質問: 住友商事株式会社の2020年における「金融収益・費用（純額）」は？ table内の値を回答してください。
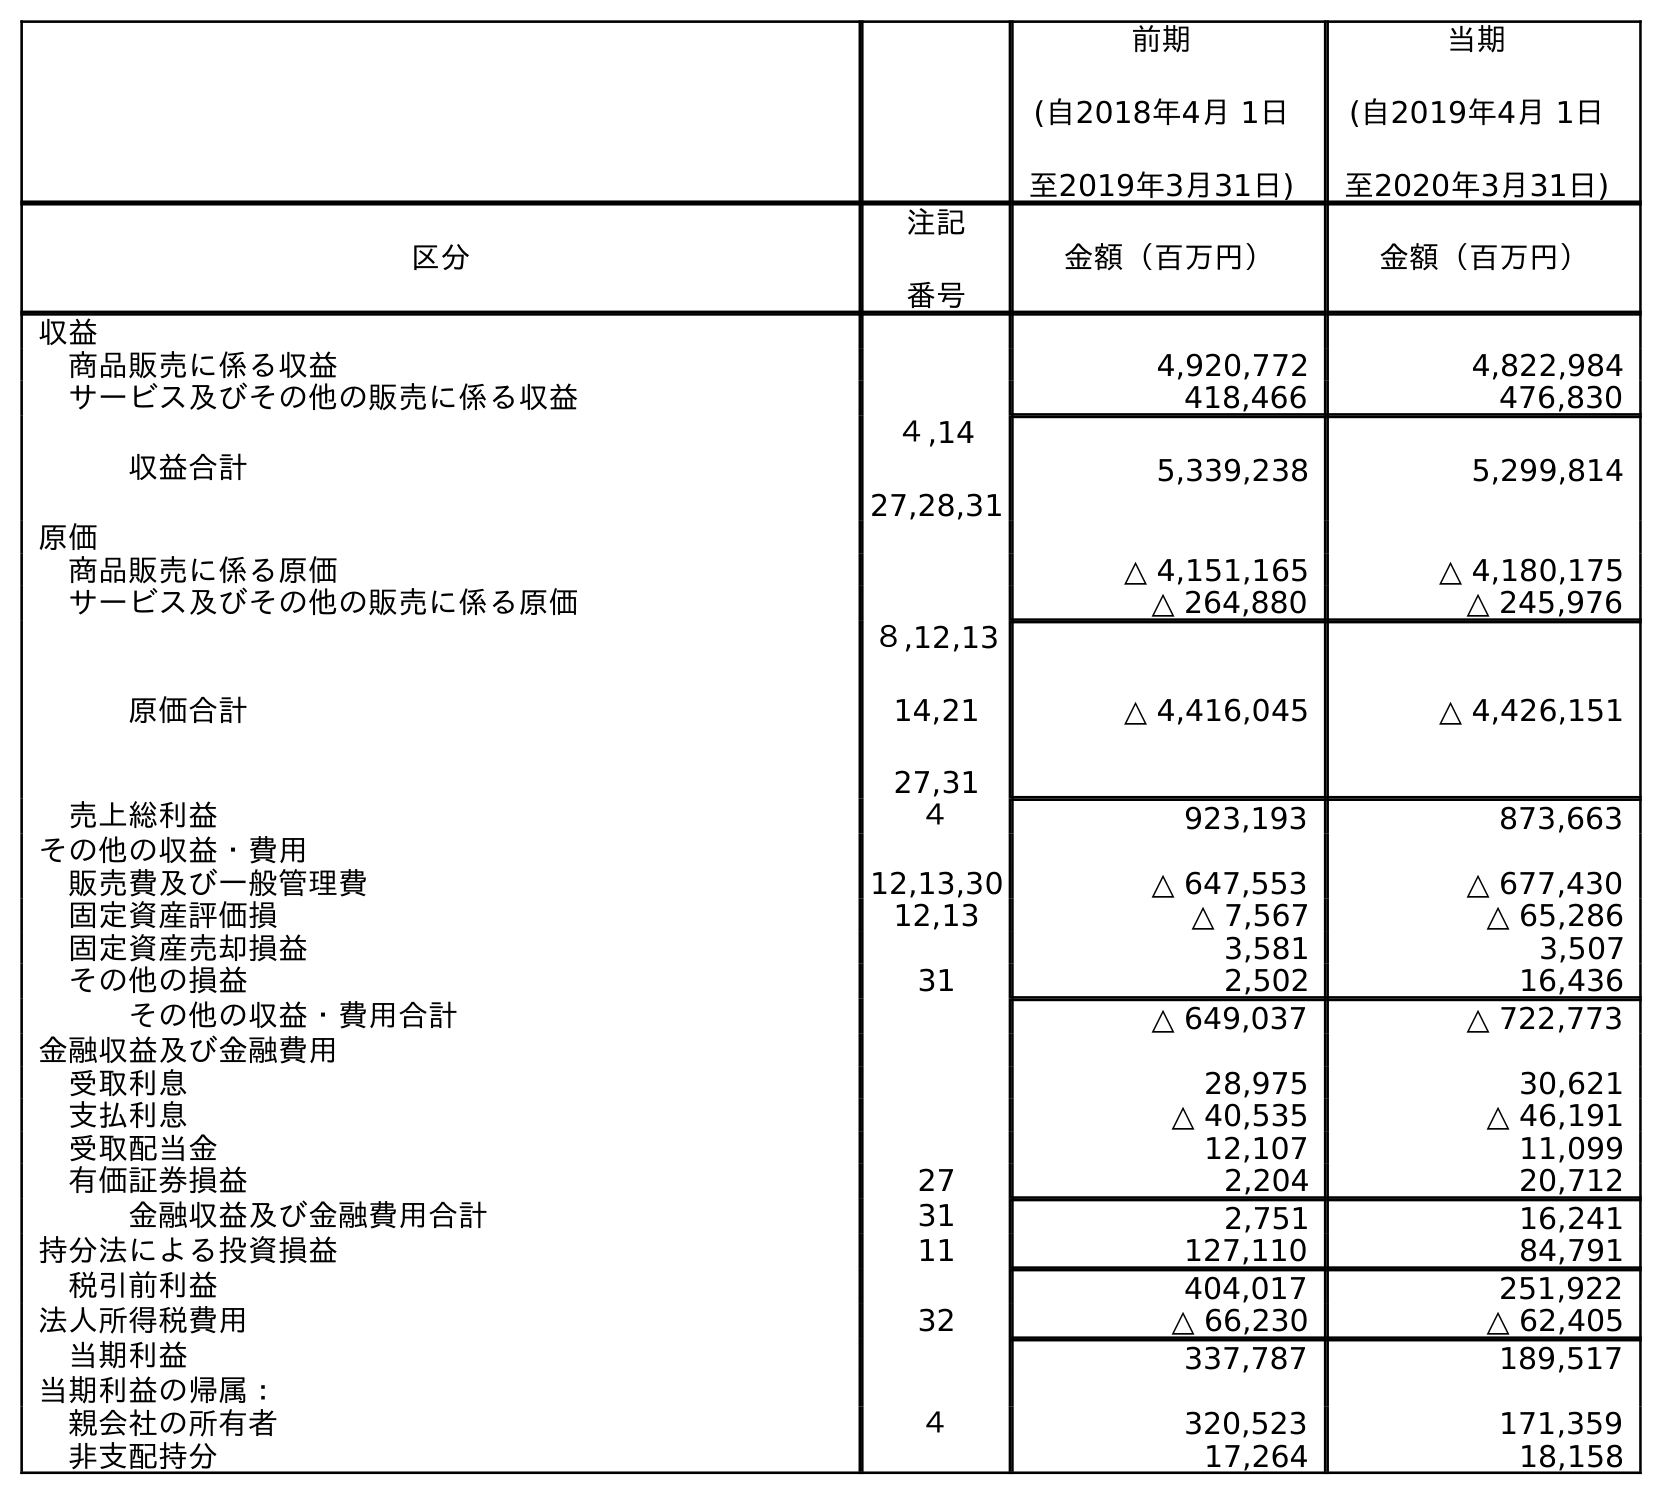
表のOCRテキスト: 前期 (自2018年4月 1日 至2019年3月31日) 当期 (自2019年4月 1日 至2020年3月31日) 区分 注記 番号 金額（百万円） 金額（百万円） 収益 商品販売に係る収益 4,920,772 4,822,984 サービス及びその他の販売に係る収益 418,466 476,830 収益合計 ４,14 27,28,31 5,339,238 5,299,814 原価 商品販売に係る原価 △ 4,151,165 △ 4,180,175 サービス及びその他の販売に係る原価 △ 264,880 △ 245,976 原価合計 ８,12,13 14,21 27,31 △ 4,416,045 △ 4,426,151 売上総利益 ４ 923,193 873,663 その他の収益・費用 販売費及び一般管理費 12,13,30 △ 647,553 △ 677,430 固定資産評価損 12,13 △ 7,567 △ 65,286 固定資産売却損益 3,581 3,507 その他の損益 31 2,502 16,436 その他の収益・費用合計 △ 649,037 △ 722,773 金融収益及び金融費用 受取利息 28,975 30,621 支払利息 △ 40,535 △ 46,191 受取配当金 12,107 11,099 有価証券損益 27 2,204 20,712 金融収益及び金融費用合計 31 2,751 16,241 持分法による投資損益 11 127,110 84,791 税引前利益 404,017 251,922 法人所得税費用 32 △ 66,230 △ 62,405 当期利益 337,787 189,517 当期利益の帰属： 親会社の所有者 ４ 320,523 171,359 非支配持分 17,264 18,158
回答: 16,241